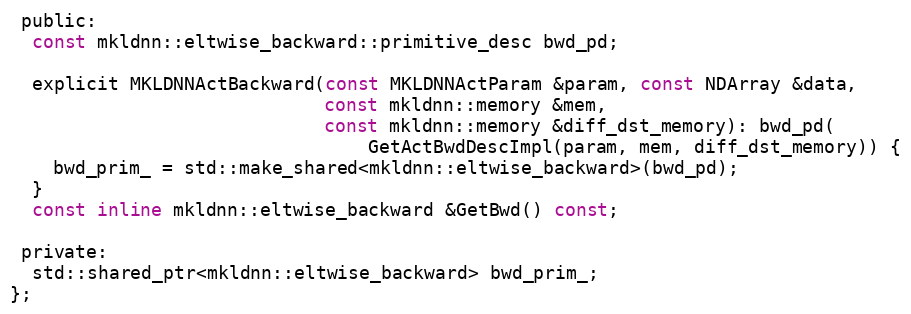
Language: C
 public:
  const mkldnn::eltwise_backward::primitive_desc bwd_pd;

  explicit MKLDNNActBackward(const MKLDNNActParam &param, const NDArray &data,
                             const mkldnn::memory &mem,
                             const mkldnn::memory &diff_dst_memory): bwd_pd(
                                 GetActBwdDescImpl(param, mem, diff_dst_memory)) {
    bwd_prim_ = std::make_shared<mkldnn::eltwise_backward>(bwd_pd);
  }
  const inline mkldnn::eltwise_backward &GetBwd() const;

 private:
  std::shared_ptr<mkldnn::eltwise_backward> bwd_prim_;
};